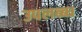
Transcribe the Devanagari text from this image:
उपलब्ब्ध